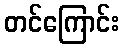
တင်ကြောင်း